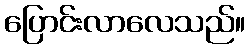
ပြောင်းလာလေသည်။